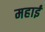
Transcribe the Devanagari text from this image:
महाई